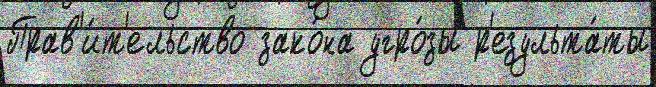
Прав'и́т'ельство зако́на угро́зы р'езульта́ты